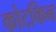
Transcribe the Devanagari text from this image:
कोटकिन